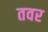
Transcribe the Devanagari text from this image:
तवर